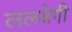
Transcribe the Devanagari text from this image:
ललबेगी